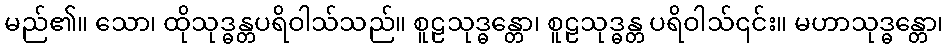
မည်၏။ သော၊ ထိုသုဒ္ဓန္တပရိဝါသ်သည်။ စူဠသုဒ္ဓန္တော၊ စူဠသုဒ္ဓန္တ ပရိဝါသ်၎င်း။ မဟာသုဒ္ဓန္တော၊